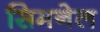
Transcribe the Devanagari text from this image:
सिमनेल